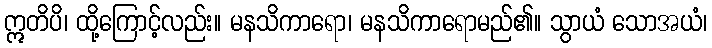
ဣတိပိ၊ ထို့ကြောင့်လည်း။ မနသိကာရော၊ မနသိကာရောမည်၏။ သွာယံ သောအယံ၊